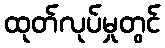
ထုတ်လုပ်မှုတွင်